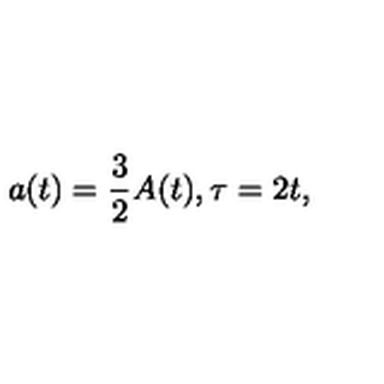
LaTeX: a ( t ) = \frac { 3 } { 2 } A ( t ) , \tau = 2 t ,